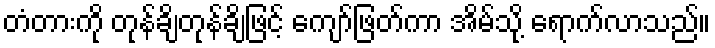
တံတားကို တုန်ချိတုန်ချိဖြင့် ကျော်ဖြတ်ကာ အိမ်သို့ ရောက်လာသည်။